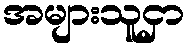
အများသူငှာ